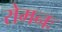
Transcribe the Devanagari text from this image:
रोमनः